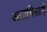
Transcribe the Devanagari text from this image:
अग्राभिसारी